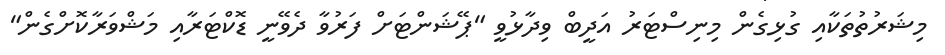
މިޝަރުތުތަކާއި ގުޅިގެން މިނިސްޓަރު އަދީބް ވިދާޅުވީ "ޕޭޝަންޓަށް ފަރުވާ ދެވޭނީ ޑޮކްޓަރާއި މަޝްވަރާކޮށްގެން"